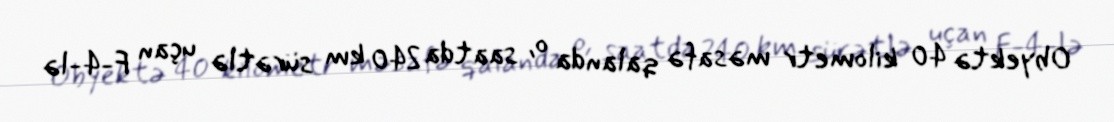
Obyektə 40 kilometr məsafə qalanda o, saatda 240 km sürətlə uçan F-4-lə